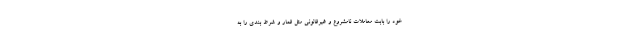
خود را بابت معاملات نامشروع و غیرقانونی مثل قمار و شرط بندی را به